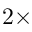
2 \times